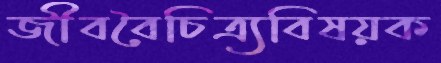
জীববৈচিত্র্যবিষয়ক